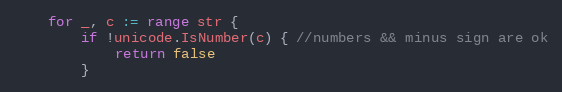
Language: Go
	for _, c := range str {
		if !unicode.IsNumber(c) { //numbers && minus sign are ok
			return false
		}